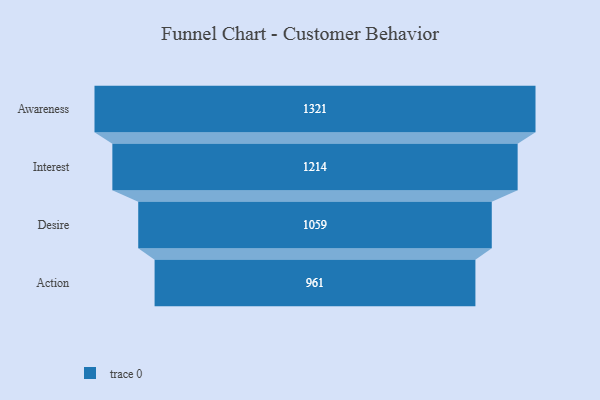
{"axis": {"x": "Stage", "y": "Value"}, "legend": [""], "data": [{"x": "Awareness", "y": 1321.0, "type": ""}, {"x": "Interest", "y": 1214.0, "type": ""}, {"x": "Desire", "y": 1059.0, "type": ""}, {"x": "Action", "y": 961.0, "type": ""}]}